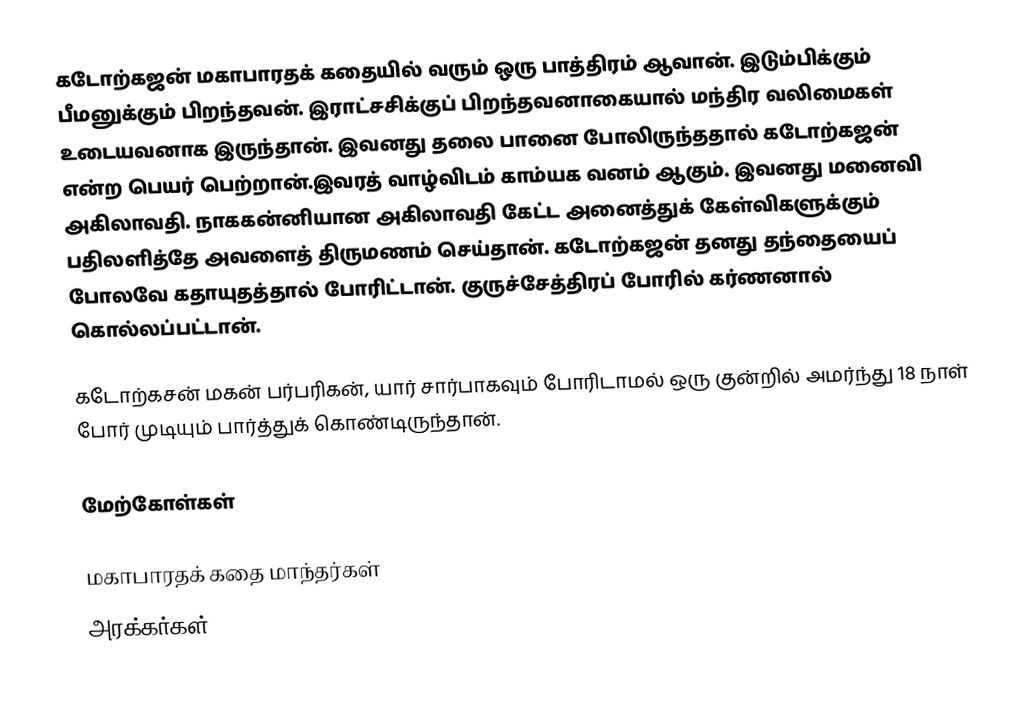
கடோற்கஜன் மகாபாரதக் கதையில் வரும் ஒரு பாத்திரம் ஆவான். இடும்பிக்கும் பீமனுக்கும் பிறந்தவன். இராட்சசிக்குப் பிறந்தவனாகையால் மந்திர வலிமைகள் உடையவனாக இருந்தான். இவனது தலை பானை போலிருந்ததால் கடோற்கஜன் என்ற பெயர் பெற்றான்.இவரத் வாழ்விடம் காம்யக வனம் ஆகும். இவனது மனைவி அகிலாவதி. நாககன்னியான அகிலாவதி கேட்ட அனைத்துக் கேள்விகளுக்கும் பதிலளித்தே அவளைத் திருமணம் செய்தான். கடோற்கஜன் தனது தந்தையைப் போலவே கதாயுதத்தால் போரிட்டான்.  குருச்சேத்திரப் போரில் கர்ணனால் கொல்லப்பட்டான்.

கடோற்கசன் மகன் பர்பரிகன், யார் சார்பாகவும் போரிடாமல் ஒரு குன்றில் அமர்ந்து 18 நாள் போர் முடியும் பார்த்துக் கொண்டிருந்தான்.

மேற்கோள்கள்

மகாபாரதக் கதை மாந்தர்கள்
அரக்கர்கள்